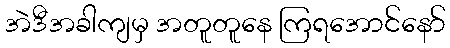
အဲဒီအခါကျမှ အတူတူနေ ကြရအောင်နော်